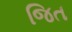
જિત